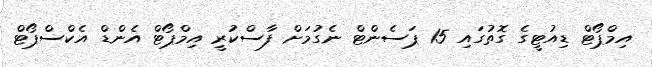
އިމްޕޯޓް ޑިއުޓީގެ ގޮތުގައި 15 ޕަސެންޓް ނެގުމަށް ފާސްކުރީ އިމްޕޯޓް އެންޑް އެކްސްޕޯޓް